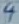
Text: 4